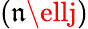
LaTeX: (\mathfrak{n}\ellj)